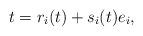
LaTeX: \begin{align*}t = r_{i}(t) + s_{i}(t) e_{i},\end{align*}